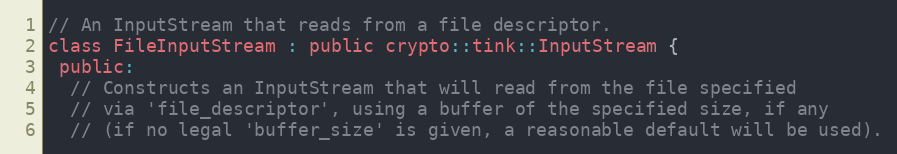
Language: C
// An InputStream that reads from a file descriptor.
class FileInputStream : public crypto::tink::InputStream {
 public:
  // Constructs an InputStream that will read from the file specified
  // via 'file_descriptor', using a buffer of the specified size, if any
  // (if no legal 'buffer_size' is given, a reasonable default will be used).